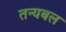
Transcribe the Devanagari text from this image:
तन्यबल